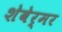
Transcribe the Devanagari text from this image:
शेवेर्मर